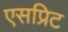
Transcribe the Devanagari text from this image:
एसप्रिट